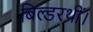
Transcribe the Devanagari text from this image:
बिल्डरथीं।